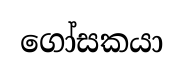
ගෝසකයා